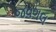
જવગલ